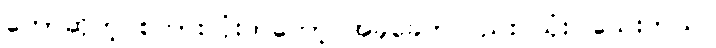
ဘော်ဆိုတဲ့ စကားလုံးကတော့ အခုခေတ်လည်း သုံးပါသေးတယ်။